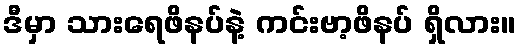
ဒီမှာ သားရေဖိနပ်နဲ့ ကင်းဗာ့ဖိနပ် ရှိလား။